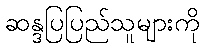
ဆန္ဒပြပြည်သူများကို